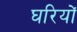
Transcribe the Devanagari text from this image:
घरियों